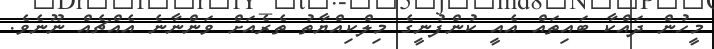
މީހުން ދައްކާ ބައިތައް އެއީ ކުންފުނީގެ މިލްކިއްޔާތު ތެރެއަށް ވަންނާނެ އެއްޗެއް ނޫނެވެ.